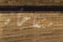
متفاجأة